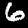
Label: 6